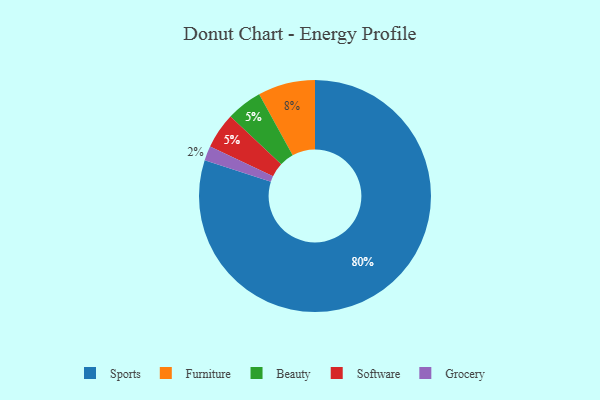
{"axis": {"x": "Category", "y": "Percentage"}, "legend": ["Beauty", "Furniture", "Grocery", "Software", "Sports"], "data": [{"x": "Sports", "y": 80, "type": "Sports"}, {"x": "Furniture", "y": 8, "type": "Furniture"}, {"x": "Beauty", "y": 5, "type": "Beauty"}, {"x": "Grocery", "y": 2, "type": "Grocery"}, {"x": "Software", "y": 5, "type": "Software"}]}